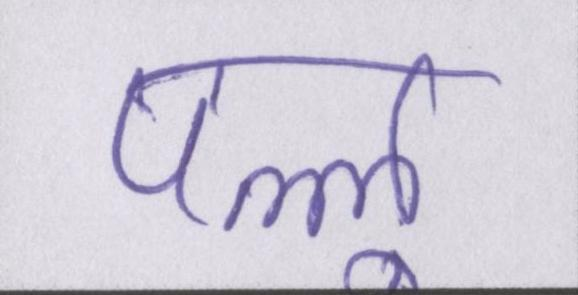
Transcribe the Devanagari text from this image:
पल्लू